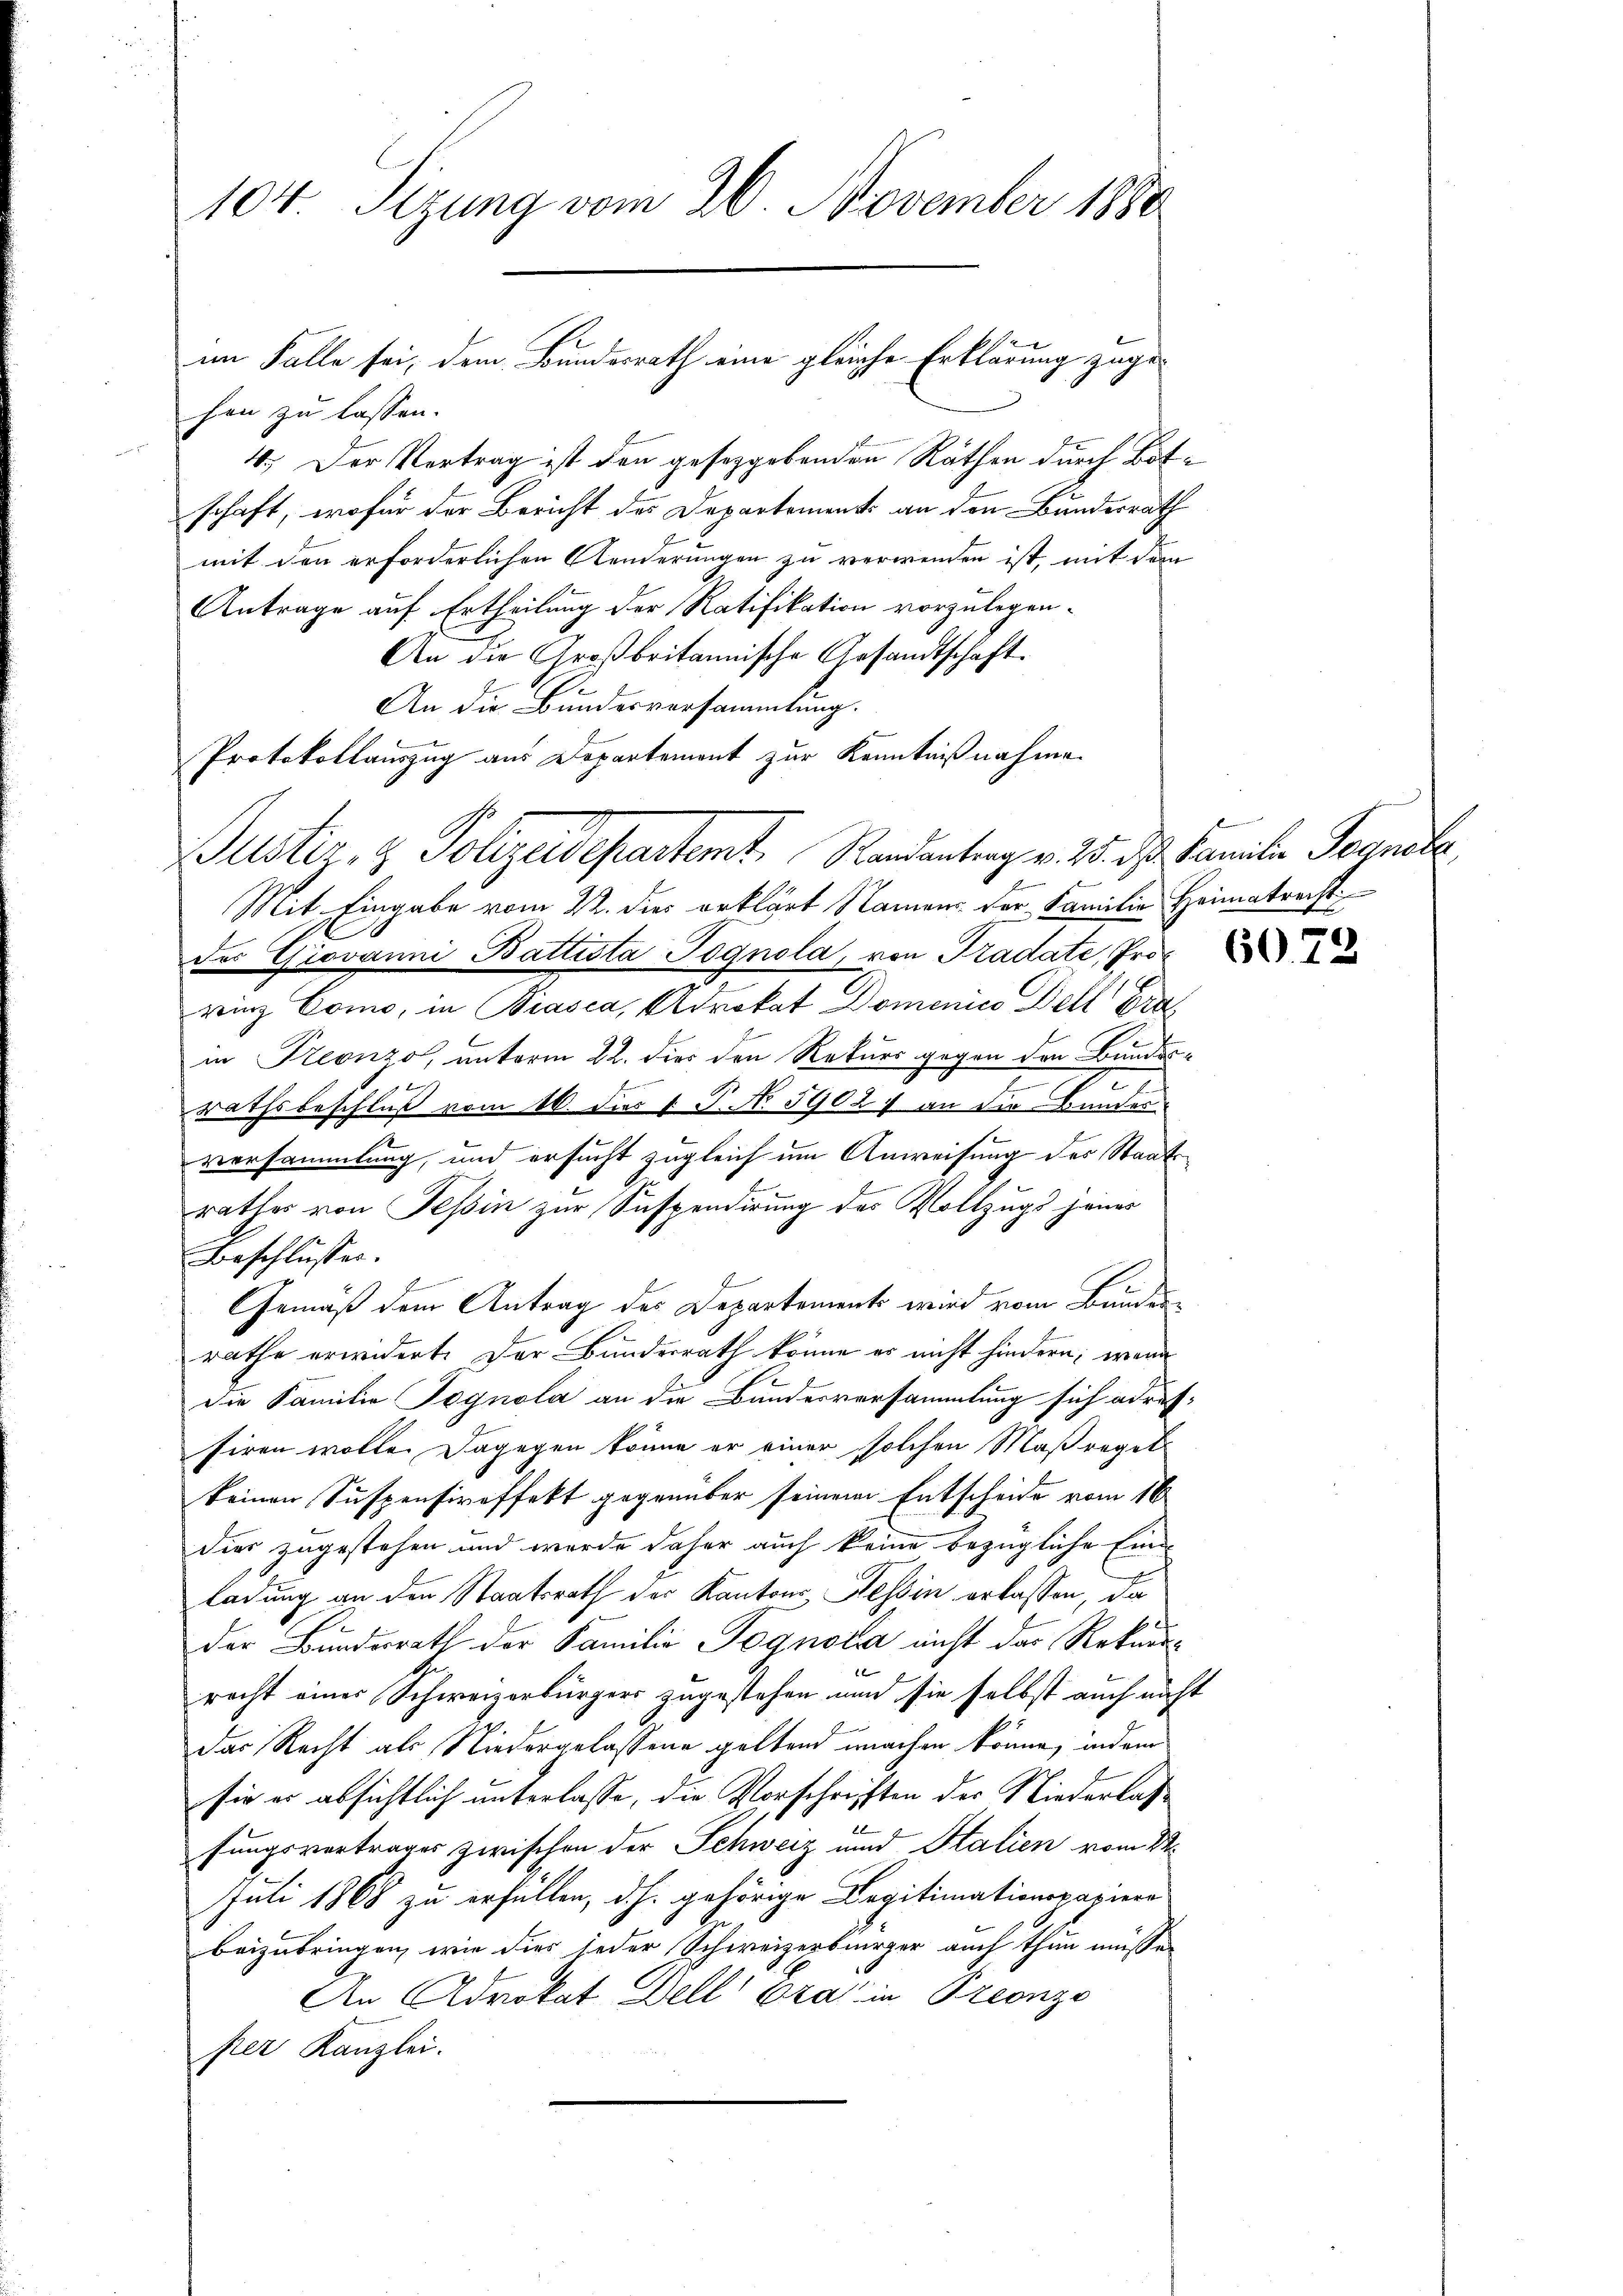
104 Sizung vom 26. November 1880

hen zu lassen.
4. Der Vertrag ist den geseggebenden Räthen durch Botschaft, wofür der Bericht des Departements an den Bundesrath
mit den erforderlichen Aenderungen zu verwenden ist, mit dem
Antrage auf Ertheilung der Ratifikation vorzulegen¬
An die Großbritannische Gesandtschaft.
An die Bundesversammlung.
Mit Eingabe vom 22. dies erklärt Namens der Familie Heimatrecht
des Giovanni Battesta Jognola, von Tradate, Prorinz Como, in Biasca, Advokat Domenico Dell Grain Preonzo, unterm 22. dies den Rekurs gegen den Bundesber,
2
l
rathsbeschluß vom 16. dies 1 S. N. 59027 an die Bundesversammlung, und ersucht zugleich um Anweisung des Staatsrathes von Tessin zur Suspendirung des Vollzugs jenes
Beschlusses.
Gemäß dem Antrag des Departements wird vom Bunden
rathe erwidert. Der Bunderrath könne er nicht hindern, wenn
die Familie Tognola an die Bundesversammlung sich adressiren wolle. Dagegen könne er einer solchen Maßregel-
keinen Suspensireffekt gegenüber seinem Entscheide vom 16
dier zugestehen und wurde daher auch keine bezügliche Eine
ladung an den Staatsrath der Kantons Tessin erlassen, da
der Bundesrath der Familie Pognola nicht das Rekur¬

recht einer Schweizerbürgers zugestehen und sie selbst auch nicht
Das Recht als Niedergelassene geltend machen könne, indem
sie es absichtlich unterlasse, die Vorschriften der Niederlaß¬
2
fungsvertrages zwischen der Schweiz und Stalien vom 22.
Juli 1868 zu erfüllen, d.h. gehörige Legitimationspapiere
beizubringen, wie dies jeder Schweizerbürger auch thun müsse.
An Advokat Dell bra in Preonzo
per Kanzlei.

im Falle sei, dem Bundesrath eine gleiche Erklärung zuge¬

Protokollauszug aus Departement zur Kenntnißnahme
Justiz- & Polizeidepartemt. Randantrag v. 25. ds Familie Transte,

6072